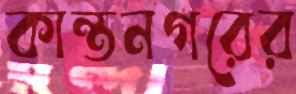
কান্তনগরের